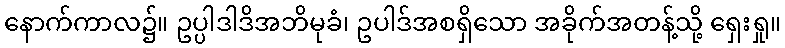
နောက်ကာလ၌။ ဥပ္ပါဒါဒိအဘိမုခံ၊ ဥပါဒ်အစရှိသော အခိုက်အတန့်သို့ ရှေးရှု။